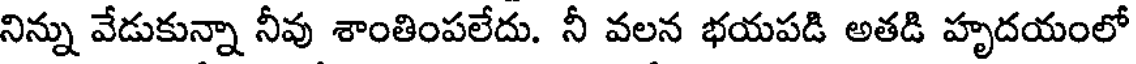
నిన్ను వేడుకున్నా నీవు శాంతింపలేదు. నీ వలన భయపడి అతడి హృదయంలో